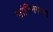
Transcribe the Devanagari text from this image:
शांतिनगरनां